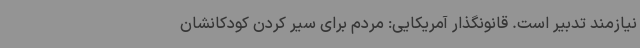
نیازمند تدبیر است. قانونگذار آمریکایی: مردم برای سیر کردن کودکانشان